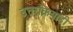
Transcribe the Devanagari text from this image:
उत्तरक्रियाही